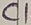
Text: C1